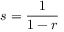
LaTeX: s = { \frac { 1 } { 1 - r } }